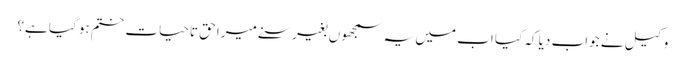
وکیل نے جواب دیا کہ کیا اب میں یہ سمجھوں بغیر سنے میرا حق تاحیات ختم ہو گیا ہے؟